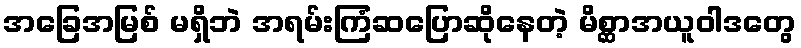
အခြေအမြစ် မရှိဘဲ အရမ်းကြံဆပြောဆိုနေတဲ့ မိစ္ဆာအယူဝါဒတွေ